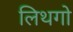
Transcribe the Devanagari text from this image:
लिथगो